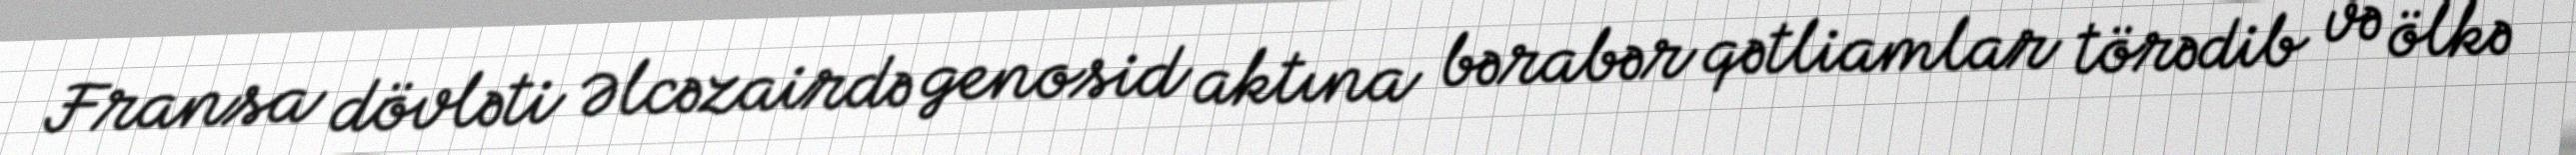
Fransa dövləti Əlcəzairdə genosid aktına bərabər qətliamlar törədib və ölkə